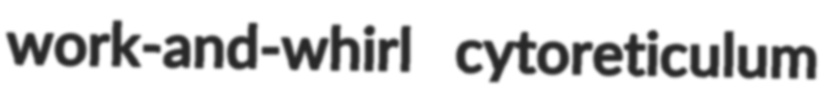
work-and-whirl cytoreticulum